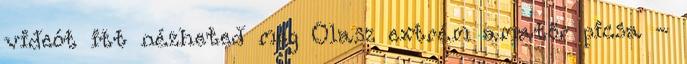
videót itt nézheted meg Olasz extrém amatőr picsa -